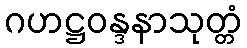
ဂဟဋ္ဌဝန္ဒနာသုတ္တံ